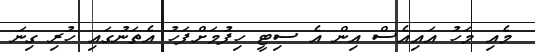
މެއި މަހު އައިއެސް އިން އެ ސިޓީ ހިފުމަށްފަހު އެތަނުގައި ހުރި ގިނަ